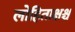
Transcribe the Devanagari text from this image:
लोहिताक्षश्च